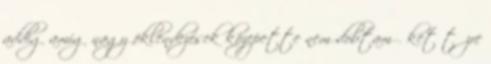
addig amíg nagy öklendezések közepette nem dobtam őket tűzre